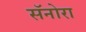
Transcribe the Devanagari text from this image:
सॅनोरा